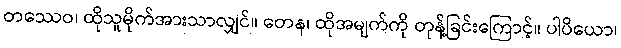
တဿေဝ၊ ထိုသူမိုက်အားသာလျှင်။ တေန၊ ထိုအမျက်ကို တုန့်ခြင်းကြောင့်။ ပါပိယော၊